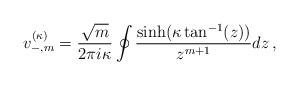
\begin{align*}v_{-,m}^{(\kappa)}=\frac{\sqrt{m}}{2 \pi i \kappa}\oint \frac{\sinh(\kappa \tan^{-1}(z))}{z^{m+1}} dz\,,\end{align*}